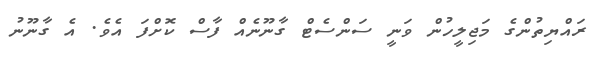
ރައްޔިތުންގެ މަޖިލީހުން ވަނީ ސަންސެޓް ގާނޫނެއް ފާސް ކޮށްފަ އެވެ. އެ ގާނޫނު